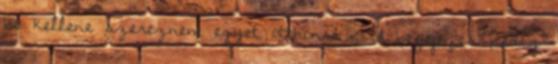
be kellene szereznem egyet otthonra ; A befejezés pedig